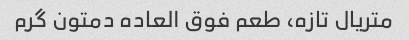
متریال تازه، طعم فوق العاده دمتون گرم